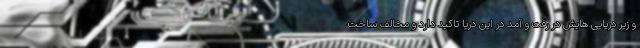
و زیر دریایی‌ هایش در رفت ‌و آمد در این دریا تاکید دارد و مخالف ساخت